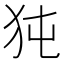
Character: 㹠